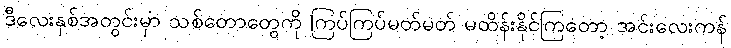
ဒီလေးနှစ်အတွင်းမှာ သစ်တောတွေကို ကြပ်ကြပ်မတ်မတ် မထိန်းနိုင်ကြတော့ အင်းလေးကန်